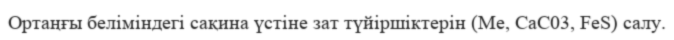
Ортаңғы беліміндегі сақина үстіне зат түйіршіктерін (Me, СаС03, FeS) салу.